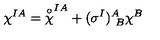
\chi ^ { I A } = { \frac { \buildrel \circ } { \chi } } ^ { I A } + ( \sigma ^ { I } ) _ { \ B } ^ { A } \chi ^ { B }